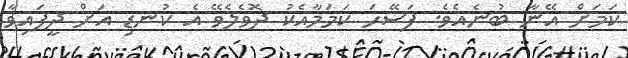
ކަމަށް އޭނާ ބުނެއެވެ. ފަސޭހަ ކަމަމާއެކު ދޮވެލެވޭ އެ ކުނޑި އަށް ދީފައިވާ